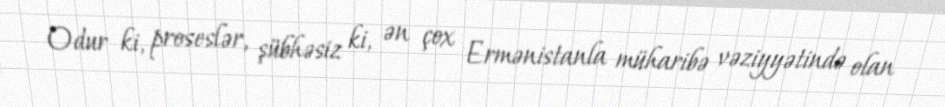
Odur ki, proseslər, şübhəsiz ki, ən çox Ermənistanla müharibə vəziyyətində olan